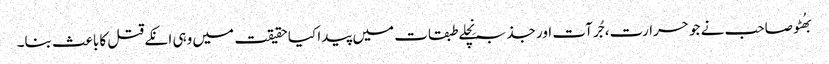
بھُٹو صاحب نے جو حرارت، جُرآت اور جذبہ نِچلے طبقات میں پیدا کیا حقیقت میں وہی انکے قتل کا باعث بنا۔